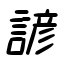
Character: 諺